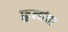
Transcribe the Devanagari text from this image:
फ़ुलांचा